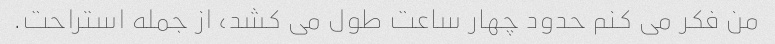
من فکر می کنم حدود چهار ساعت طول می کشد، از جمله استراحت.